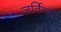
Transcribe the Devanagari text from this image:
जर्विन्हो